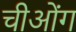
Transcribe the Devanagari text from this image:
चीओंग